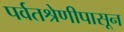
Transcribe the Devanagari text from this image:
पर्वतश्रेणीपासून